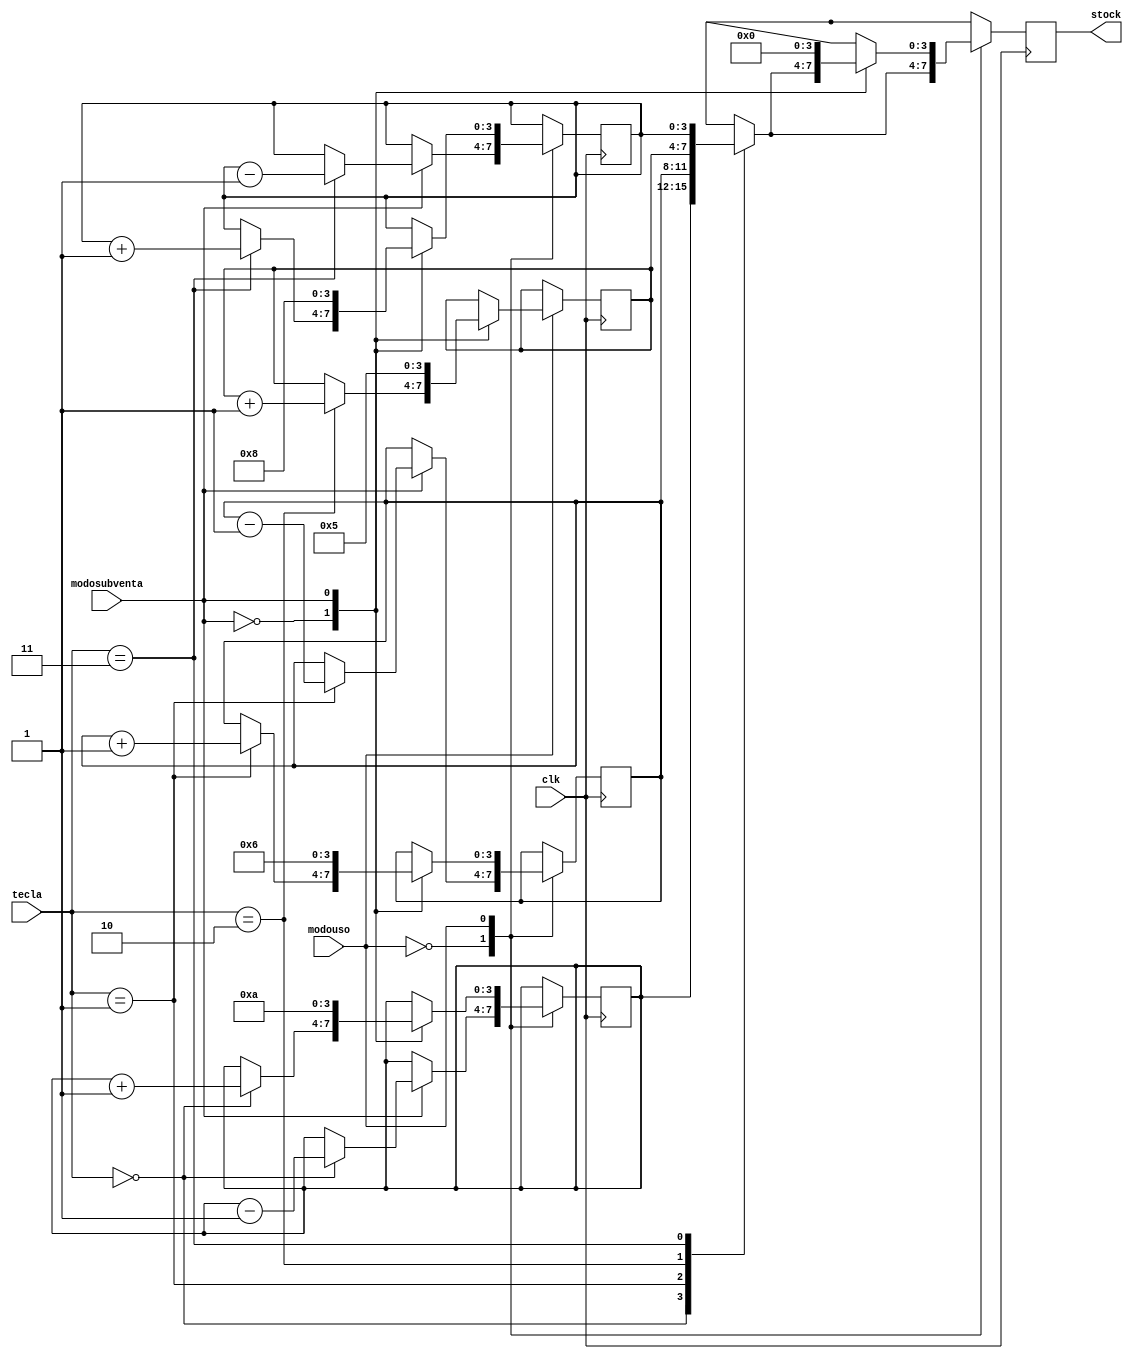
`timescale 1ns / 1ps
//////////////////////////////////////////////////////////////////////////////////
// Company: 
// Engineer: 
// 
// Design Name: 
// Module Name: StockProductos
// Project Name: 
// Target Devices: 
// Tool Versions: 
// Description: 
// 
// Dependencies: 
// 
// Revision:
// Revision 0.01 - File Created
// Additional Comments:
// 
//////////////////////////////////////////////////////////////////////////////////


module StockProductos(
    input clk,
    input [1:0] tecla,
    input modouso,
    input modosubventa,
    output reg [3:0] stock
    );
    
    reg [3:0] q;
    reg [3:0] w;
    reg [3:0] e;
    reg [3:0] r;
        
    initial begin
        q = 10;
        w = 6;
        e = 5;
        r = 8;
    end
        
    always @(posedge clk) begin
        case (modouso)
        1'b0 :      
        begin
        case (modosubventa)
            1'b0: // Modo Consulta Stock
                     begin 
                       case(tecla)
                         2'b00: stock = q;    
                         2'b01: stock = w;
                         2'b10: stock = e;
                         2'b11: stock = r;
                       endcase
                       end
                      1'b1: // Modo Venta
                          begin 
                             case(tecla)
                               2'b00: 
                                    begin                              
                                    q <= q - 1; 
                                    stock = q;                   
                                    end                                      
                               2'b01: 
                                    begin 
                                    w <= w - 1; 
                                    stock = w;                   
                                    end 
                               2'b10: 
                                    begin 
                                    \e <= e - 1; 
                                    stock = e;                   
                                    end
                               2'b11: 
                                    begin 
                                    r <= r - 1; 
                                    stock = r;                   
                                    end
                             endcase
                             end
                     endcase
                     end
             1'b1: // Modo Config
             begin case(modosubventa)
                 1'b0: // Modo Relleno
                    begin 
                      case(tecla)
                        2'b00: 
                             begin 
                             q <= q + 1; 
                             stock = q;                   
                             end                                      
                        2'b01: 
                             begin 
                             w <= w + 1; 
                             stock = w;                   
                             end 
                        2'b10: 
                             begin 
                             e <= e + 1; 
                             stock = e;                   
                             end
                        2'b11: 
                             begin 
                             r <= r + 1; 
                             stock = r;                   
                             end
                      endcase
                      end
                  1'b1: // Modo Reset
                    begin
                        q <= 10;
                        w <= 6;
                        e <= 5;
                        r <= 8; 
                        stock <= 0;
                    end             
            endcase
            end
    endcase
    end
    
endmodule